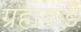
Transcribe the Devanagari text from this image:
ग्रहाकडे